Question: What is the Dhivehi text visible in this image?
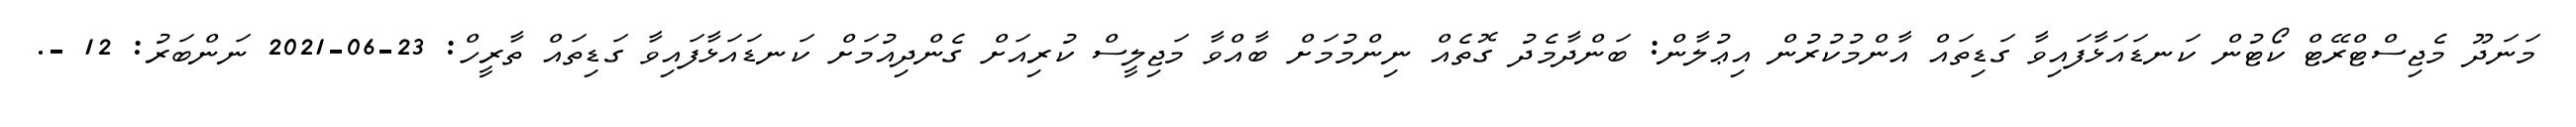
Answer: މަނަދޫ މެޖިސްޓްރޭޓް ކޯޓުން ކަނޑައަޅާފައިވާ ގަޑިތައް އާންމުކުރުން އިޢުލާން: ބަންދާމެދު ގޮތެއް ނިންމުމަށް ބާއްވާ މަޖިލީސް ކުރިއަށް ގެންދިއުމަށް ކަނޑައަޅާފައިވާ ގަޑިތައް ތާރީހް: 23-06-2021 ނަންބަރު: 12 -.